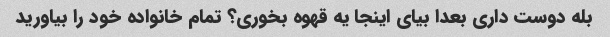
بله دوست داری بعدا بیای اینجا یه قهوه بخوری؟ تمام خانواده خود را بیاورید